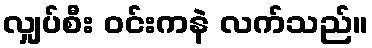
လျှပ်စီး ဝင်းကနဲ လက်သည်။